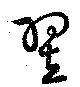
翌